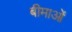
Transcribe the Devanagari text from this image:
बीमाओं